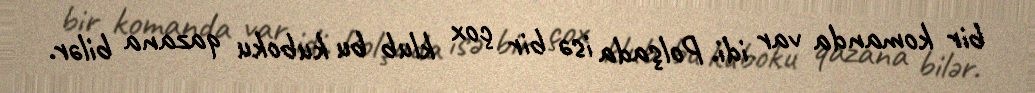
bir komanda var idi. Polşada isə bir çox klub bu kuboku qazana bilər.